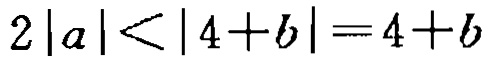
\(2|a|<|4 + b| = 4 + b\)